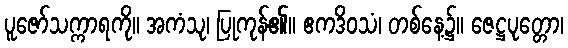
ပူဇော်သက္ကာရကို။ အကံသု၊ ပြုကုန်၏။ ဧကဒိဝသံ၊ တစ်နေ့၌။ ဇေဋ္ဌပုတ္တော၊